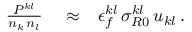
\begin{array} { r l r } { \frac { P ^ { k l } } { n _ { k } \, n _ { l } } } & { { } \approx } & { \epsilon _ { f } ^ { k l } \, \sigma _ { R 0 } ^ { k l } \, u _ { k l } \, . } \end{array}